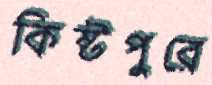
কিষ্টপুরে